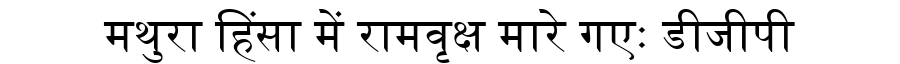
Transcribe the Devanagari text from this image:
मथुरा हिंसा में रामवृक्ष मारे गएः डीजीपी